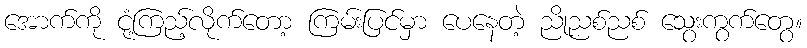
အောက်ကို ငုံ့ကြည့်လိုက်တော့ ကြမ်းပြင်မှာ ပေနေတဲ့ ညိုညစ်ညစ် သွေးကွက်တွေ။